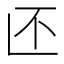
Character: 𱎁